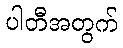
ပါတီအတွက်